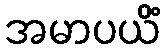
အမာပယိံ